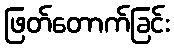
ဖြတ်တောက်ခြင်း